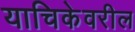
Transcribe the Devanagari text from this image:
याचिकेवरील